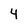
Character: 4